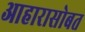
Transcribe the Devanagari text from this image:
आहारासोबत